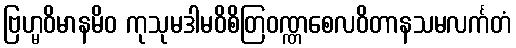
ဗြဟ္မဝိမာနမိဝ ကုသုမဒါမဝိစိတြဝဏ္ဏစေလဝိတာနသမလင်္ကတံ